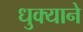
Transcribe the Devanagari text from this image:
धुक्याने